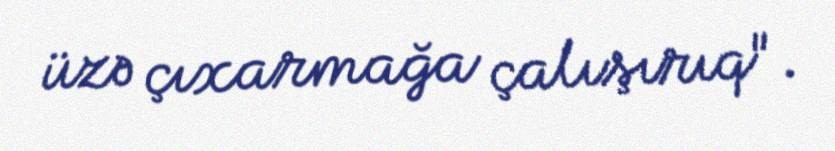
üzə çıxarmağa çalışırıq".